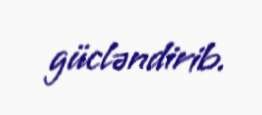
gücləndirib.